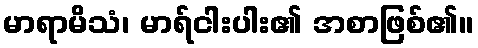
မာရာမိသံ၊ မာရ်ငါးပါး၏ အစာဖြစ်၏။